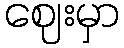
ဈေးမှာ